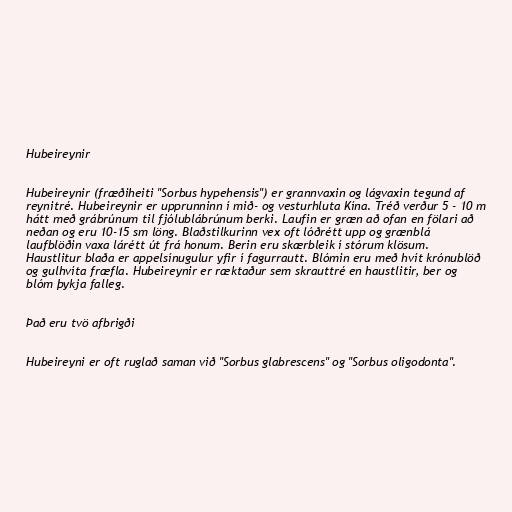
Hubeireynir

Hubeireynir (fræðiheiti "Sorbus hypehensis") er grannvaxin og lágvaxin tegund af
reynitré. Hubeireynir er upprunninn í mið- og vesturhluta Kína. Tréð verður 5 - 10 m
hátt með grábrúnum til fjólublábrúnum berki. Laufin er græn að ofan en fölari að
neðan og eru 10-15 sm löng. Blaðstilkurinn vex oft lóðrétt upp og grænblá
laufblöðin vaxa lárétt út frá honum. Berin eru skærbleik í stórum klösum.
Haustlitur blaða er appelsínugulur yfir í fagurrautt. Blómin eru með hvít krónublöð
og gulhvíta fræfla. Hubeireynir er ræktaður sem skrauttré en haustlitir, ber og
blóm þykja falleg.

Það eru tvö afbrigði

Hubeireyni er oft ruglað saman við "Sorbus glabrescens" og "Sorbus oligodonta".